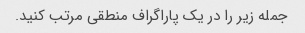
جمله زیر را در یک پاراگراف منطقی مرتب کنید.